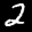
Label: 2